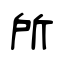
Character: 所